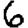
Digit: 6